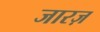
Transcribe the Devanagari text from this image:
जारज़